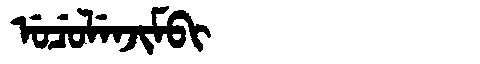
Manchu: ᡠᠴᡠᠯᡝᠨᠵᡳᠮᠪᡳ
Romanization: UCULENJIMBI